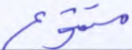
متنوع